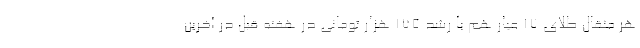
هر مثقال طلای ۱۷ عیار هم با رشد ۱۷۵ هزار تومانی در هفته قبل در آخرین